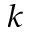
^ { k }